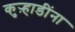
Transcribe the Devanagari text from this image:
कुऱ्हाडींना